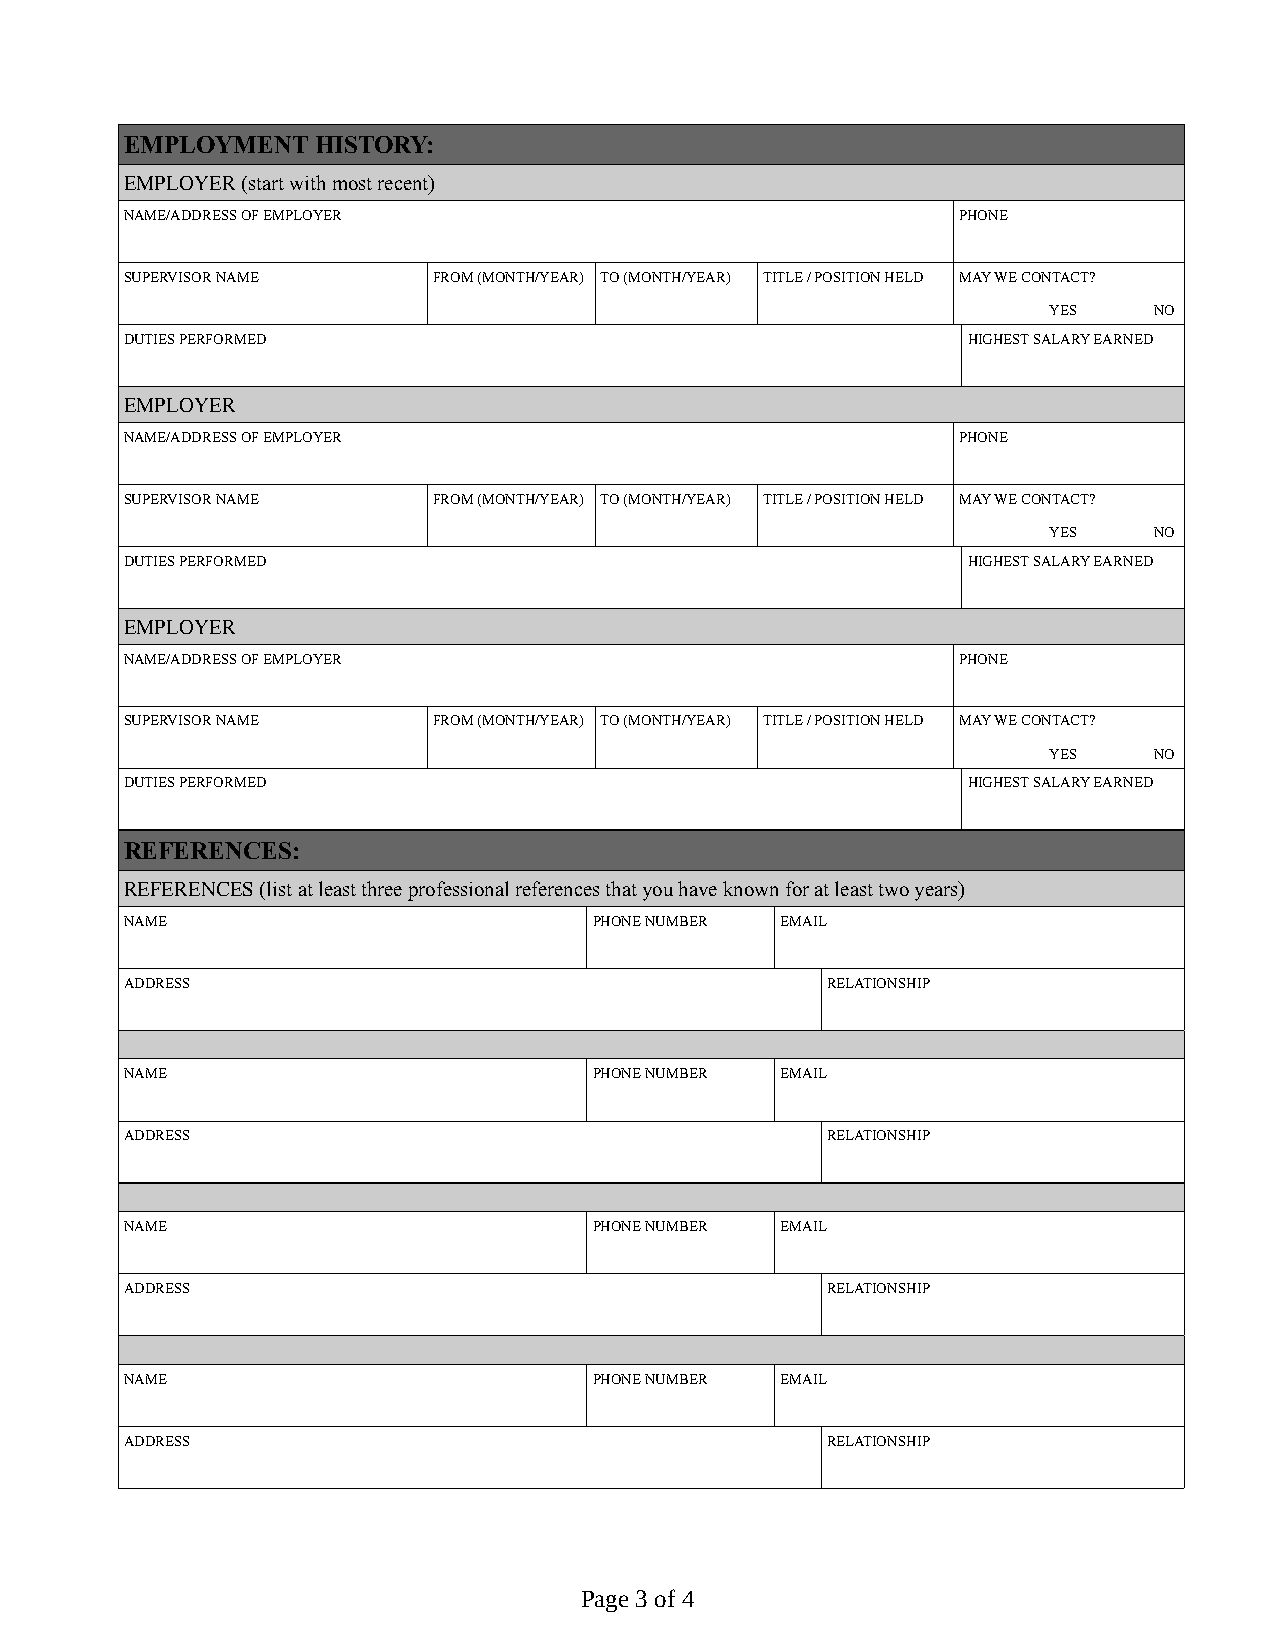
EMPLOYMENT   HISTORY:
 EMPLOYER (start with most recent)
 NAME/ADDRESS OF EMPLOYER                                PHONE
 SUPERVISOR NAME      FROM (MONTH/YEAR) TO (MONTH/YEAR) TITLE / POSITION HELD MAY WE CONTACT?
 YES    NO
 DUTIES PERFORMED                                        HIGHEST SALARY EARNED
 EMPLOYER
 NAME/ADDRESS OF EMPLOYER                                PHONE
 SUPERVISOR NAME      FROM (MONTH/YEAR) TO (MONTH/YEAR) TITLE / POSITION HELD MAY WE CONTACT?
 YES    NO
 DUTIES PERFORMED                                        HIGHEST SALARY EARNED
 EMPLOYER
 NAME/ADDRESS OF EMPLOYER                                PHONE
 SUPERVISOR NAME      FROM (MONTH/YEAR) TO (MONTH/YEAR) TITLE / POSITION HELD MAY WE CONTACT?
 YES    NO
 DUTIES PERFORMED                                        HIGHEST SALARY EARNED
 REFERENCES:
 REFERENCES (list at least three professional references that you have known for at least two years)
 NAME                           PHONE NUMBER EMAIL
 ADDRESS                                        RELATIONSHIP
 NAME                           PHONE NUMBER EMAIL
 ADDRESS                                        RELATIONSHIP
 NAME                           PHONE NUMBER EMAIL
 ADDRESS                                        RELATIONSHIP
 NAME                           PHONE NUMBER EMAIL
 ADDRESS                                        RELATIONSHIP
 Page 3 of 4